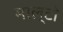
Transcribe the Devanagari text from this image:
माल्टो